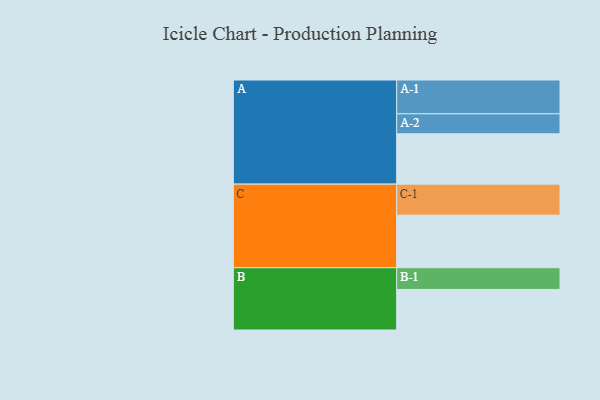
{"axis": {"x": "Segment", "y": "Value"}, "legend": ["", "A", "B", "C"], "data": [{"x": "A", "y": 433, "type": ""}, {"x": "B", "y": 349, "type": ""}, {"x": "C", "y": 452, "type": ""}, {"x": "A-1", "y": 291, "type": "A"}, {"x": "A-2", "y": 172, "type": "A"}, {"x": "B-1", "y": 187, "type": "B"}, {"x": "C-1", "y": 267, "type": "C"}]}